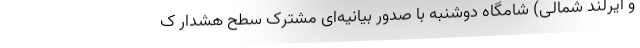
و ایرلند شمالی) شامگاه دوشنبه با صدور بیانیه‌ای مشترک سطح هشدار ک